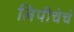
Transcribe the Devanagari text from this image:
लिपीचेचं